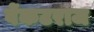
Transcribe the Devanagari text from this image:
वेंकटराज